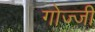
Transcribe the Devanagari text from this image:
गोज्जी